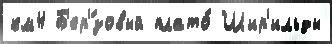
км4 Б'ер'́зовый плато́ Шир'ильды